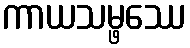
ကာယသမ္ဖဿေ